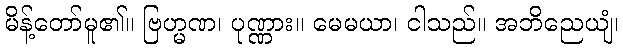
မိန့်တော်မူ၏။ ဗြဟ္မဏ၊ ပုဏ္ဏား။ မေမယာ၊ ငါသည်။ အဘိညေယျံ၊